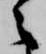
之